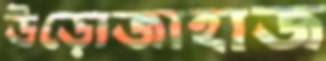
উড়োজাহাজ